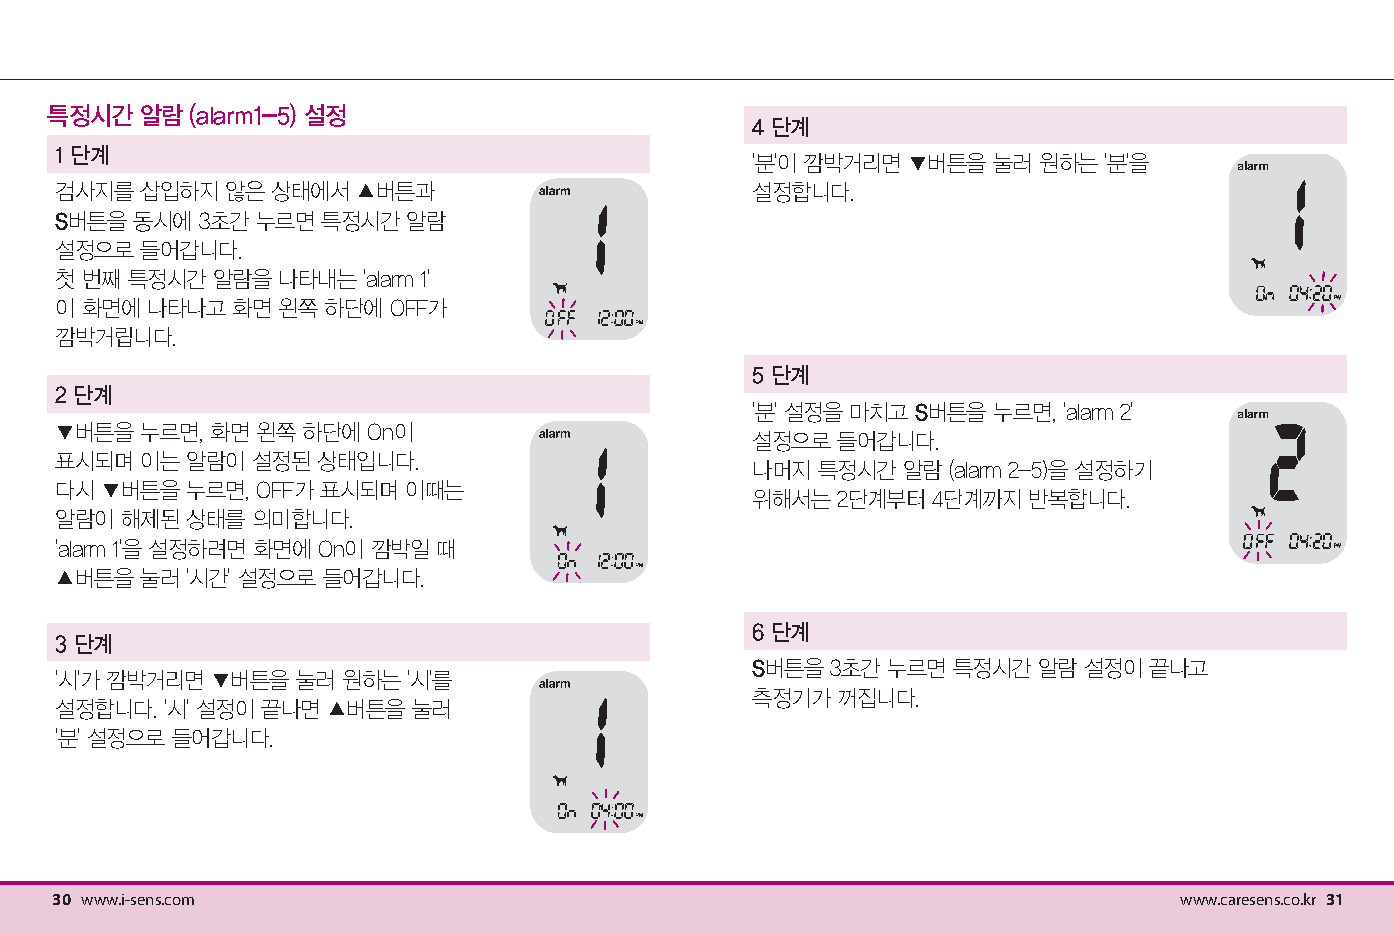
특정시간  알람  (alarm1-5) 설정
 4 단계
 1 단계
 '분'이 깜박거리면 ▼버튼을 눌러 원하는 '분'을
 검사지를 삽입하지  않은 상태에서  ▲버튼과                      설정합니다.
 S버튼을 동시에 3초간 누르면 특정시간  알람
 설정으로 들어갑니다.
 첫 번째 특정시간 알람을 나타내는  'alarm 1'
 이 화면에 나타나고 화면 왼쪽 하단에  OFF가
 깜박거립니다.
 5 단계
 2 단계
 '분' 설정을 마치고 S버튼을 누르면, 'alarm 2'
 ▼버튼을 누르면, 화면 왼쪽 하단에 On이
 설정으로 들어갑니다.
 표시되며 이는 알람이  설정된 상태입니다.
 나머지 특정시간  알람 (alarm 2-5)을 설정하기
 다시 ▼버튼을 누르면, OFF가 표시되며 이때는
 위해서는 2단계부터  4단계까지 반복합니다.
 알람이 해제된 상태를  의미합니다.
 'alarm 1'을 설정하려면 화면에 On이 깜박일 때
 ▲버튼을 눌러 '시간' 설정으로 들어갑니다.
 6 단계
 3 단계
 S버튼을 3초간 누르면 특정시간  알람 설정이 끝나고
 '시'가 깜박거리면 ▼버튼을 눌러 원하는 '시'를
 측정기가 꺼집니다.
 설정합니다. '시' 설정이 끝나면 ▲버튼을 눌러
 '분' 설정으로 들어갑니다.
 30 www.i-sens.com                                                          www.caresens.co.kr 31